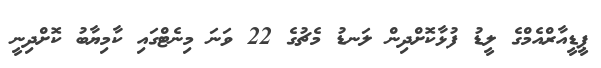
ޕީޑީއާރްއެމްގެ ލީޑު ފުޅާކޮށްދިން ލަނޑު މެޗުގެ 22 ވަނަ މިނެޓްގައި ކާމިޔާބު ކޮށްދިނީ